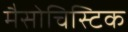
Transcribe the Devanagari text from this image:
मैसोचिस्टिक